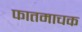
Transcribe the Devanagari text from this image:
फातमाचक